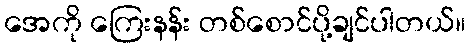
အေကို ကြေးနန်း တစ်စောင်ပို့ချင်ပါတယ်။